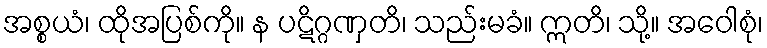
အစ္စယံ၊ ထိုအပြစ်ကို။ န ပဋိဂ္ဂဏှတိ၊ သည်းမခံ။ ဣတိ၊ သို့။ အဝေါစုံ၊